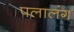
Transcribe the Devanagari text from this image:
पलालंग